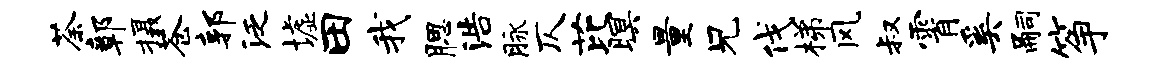
荼鄣摄苍郭泛墟田我腮浩脉仄芘暝量兄伐梯风叔霄奚嗣筝